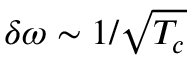
\delta \omega \sim 1 / \sqrt { T _ { c } }